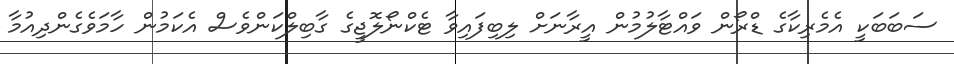
ސަބަބަކީ އެމެރިކާގެ ޑްރޯން ވައްޓާލުމުން އީރާނަށް ލިބިފައިވާ ޓެކްނޯލޮޖީގެ ގާބިލްކަންވެސް އެކަމުން ހާމަވެގެންދިއުމާ